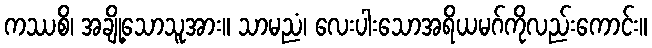
ကဿစိ၊ အချို့သောသူအား။ သာမညံ၊ လေးပါးသောအရိယမဂ်ကိုလည်းကောင်း။